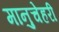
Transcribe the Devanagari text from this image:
मानुचेहरी